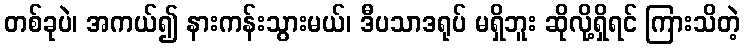
တစ်ခုပဲ၊ အကယ်၍ နားကန်းသွားမယ်၊ ဒီပသာဒရုပ် မရှိဘူး ဆိုလို့ရှိရင် ကြားသိတဲ့